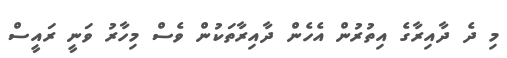
މި ދެ ދާއިރާގެ އިތުރުން އެހެން ދާއިރާތަކުން ވެސް މިހާރު ވަނީ ރައީސް